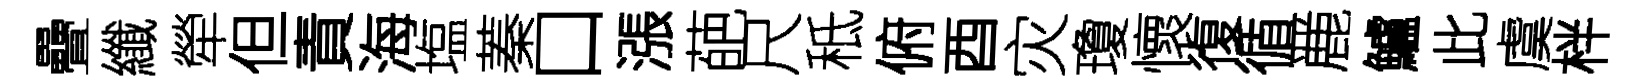
疊纖犖但責海塩蓁口漲葩尺秪俯酉灾瓊懷復循䴡鱸此虞柈